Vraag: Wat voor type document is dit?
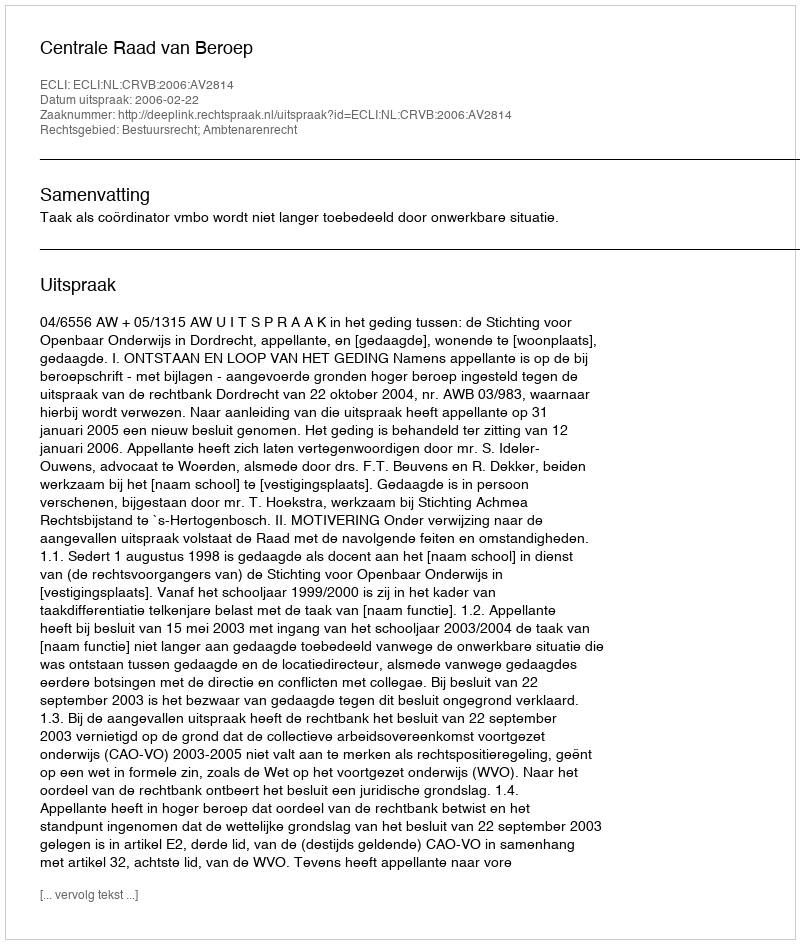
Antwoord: Uitspraak